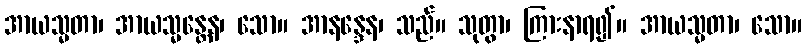
အာယသ္မတာ၊ အာယသ္မန္တေန၊ သော။ အာနန္ဒေန၊ သည်။ သုတွာ၊ ကြားနာရ၍။ အာယသ္မတာ၊ သော။